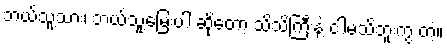
ဘယ်သူ့သား၊ ဘယ်သူ့မြေးပါ ဆိုတော့ သိသိကြီးနဲ့ ငါမသိဘူးကွ တဲ့။